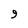
Character: 9